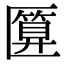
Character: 匴